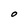
Character: O